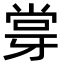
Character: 牚